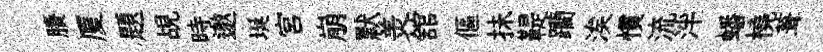
賸厦題覘時邀埏宮崩默羙舘傴抺鞮躪涘慣流泮蟠橈葺